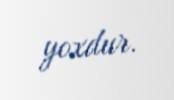
yoxdur.